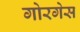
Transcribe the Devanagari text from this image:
गोरगेस